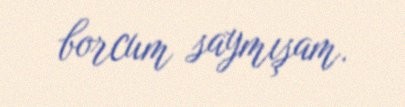
borcum saymışam.